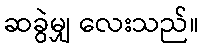
ဆခွဲမျှ လေးသည်။